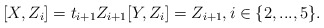
\begin{align*} [X,Z_i] = t_{i+1} Z_{i+1} [Y,Z_i] = Z_{i+1}, i \in \{2,...,5\}. \end{align*}